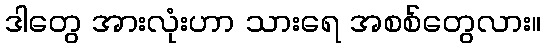
ဒါတွေ အားလုံးဟာ သားရေ အစစ်တွေလား။